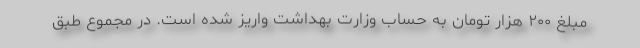
مبلغ ۲۰۰ هزار تومان به حساب وزارت بهداشت واریز شده است. در مجموع طبق